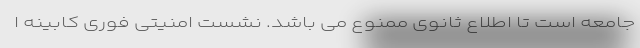
جامعه است تا اطلاع ثانوی ممنوع می باشد. نشست امنیتی فوری کابینه ا